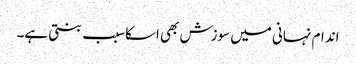
اندام نہانی میں سوزش بھی اسکاسبب بنتی ہے۔